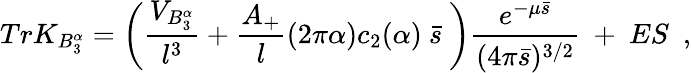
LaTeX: TrK_{B_{3}^{\alpha}}=\left({\frac{V_{B_{3}^{\alpha}}}{l^{3}}}+{\frac{A_{+}}{l}}(2\pi\alpha)c_{2}(\alpha)~\bar{s}~\right){\frac{e^{-\mu\bar{s}}}{(4\pi\bar{s})^{3/2}}}~+~ES~~,